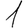
Digit: 1